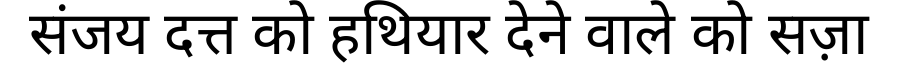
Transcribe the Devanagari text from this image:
संजय दत्त को हथियार देने वाले को सज़ा